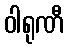
ဝါရုဏီ